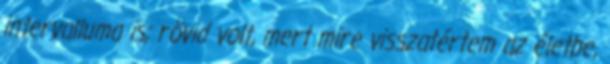
intervalluma is; rövid volt, mert mire visszatértem az életbe,